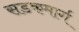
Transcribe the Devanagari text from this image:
सडकमार्ग